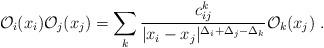
LaTeX: \begin{align*}{\cal O}_i (x_i) {\cal O}_j (x_j) = \sum_k {c^k_{ij} \over |x_i -x_j|^{\Delta_i+ \Delta_j - \Delta_k}} {\cal O}_k (x_j) \; .\end{align*}